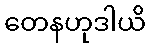
တေနဟုဒါယိ